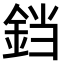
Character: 𫟰